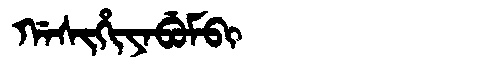
Manchu: ᡤᠠᠰᡳᡥᡳᠶᠠᠪᡠᠮᠪᡳ
Romanization: GASIHIYABUMBI